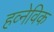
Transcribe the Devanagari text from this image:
हव्नेविक